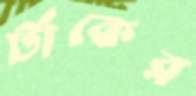
টাঁকের